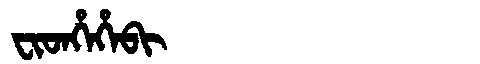
Manchu: ᠸᡳᡨᡥᡝᡥᡝᠪᡳ
Romanization: FITHEHEBI